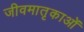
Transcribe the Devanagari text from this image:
जीवमातृकाओं